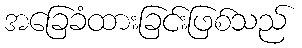
အခြေခံထားခြင်းဖြစ်သည်